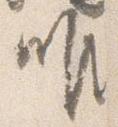
唯